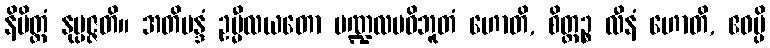
နိမိတ္တံ နုပ္ပဇ္ဇတိ။ အတိမန္ဒံ ဥမ္မီလယတော မဏ္ဍလမဝိဘူတံ ဟောတိ, စိတ္တဉ္စ လီနံ ဟောတိ, ဧဝမ္ပိ